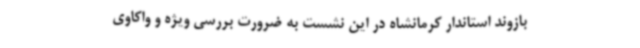
بازوند استاندار کرمانشاه در این نشست به ضرورت بررسی ویژه و واکاوی